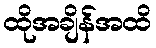
ထိုအချိန်အထိ